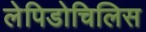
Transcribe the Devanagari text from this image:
लेपिडोचिलिस